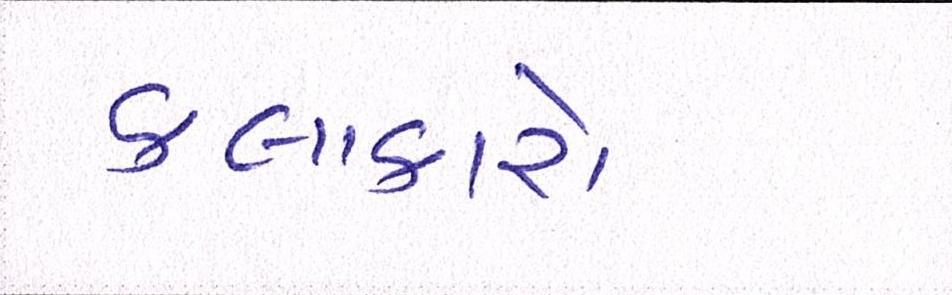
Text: કલાકારો